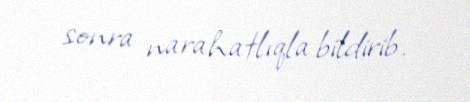
sonra narahatlıqla bildirib.